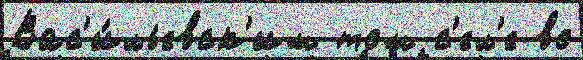
Вас'и́льевск'им том с'ел'е во